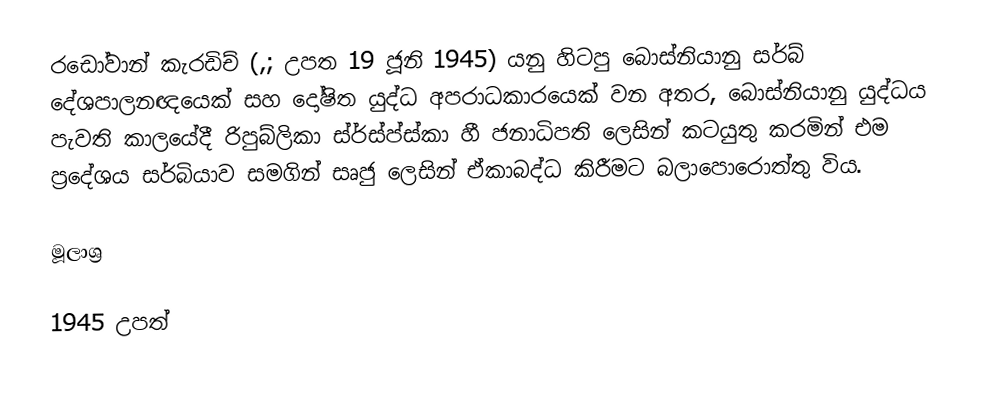
රඩෝවාන් කැරඩිච් (,; උපත 19 ජූනි 1945) යනු හිටපු බොස්නියානු සර්බ් දේශපාලනඥයෙක් සහ දෝෂිත යුද්ධ අපරාධකාරයෙක් වන අතර,  බොස්නියානු යුද්ධය පැවති කාලයේදී රිපුබ්ලිකා ස්ර්ස්ප්ස්කා හී   ජනාධිපති  ලෙසින් කටයුතු කරමින් එම ප්‍රදේශය සර්බියාව සමගින් සෘජු ලෙසින් ඒකාබද්ධ කිරීමට බලාපොරොත්තු විය.

මූලාශ්‍ර

1945 උපත්